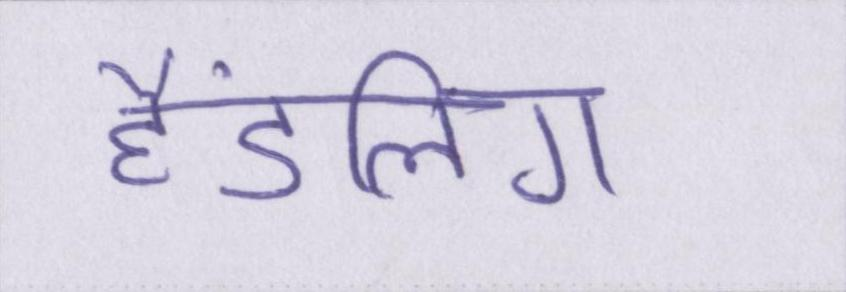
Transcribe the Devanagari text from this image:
हैंडलिंग